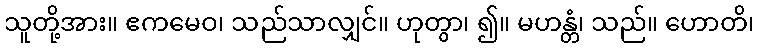
သူတို့အား။ ဧကမေဝ၊ သည်သာလျှင်။ ဟုတွာ၊ ၍။ မဟန္တံ၊ သည်။ ဟောတိ၊